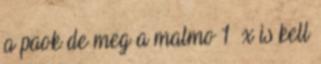
a paok de meg a malmo 1 x is kell